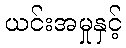
ယင်းအမှုနှင့်